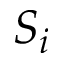
S _ { i }